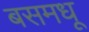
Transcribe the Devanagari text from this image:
बसमधू